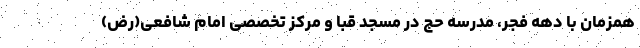
همزمان با دهه فجر، مدرسه حج در مسجد قبا و مرکز تخصصی امام شافعی(رض)